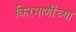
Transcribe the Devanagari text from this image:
किरमाणीच्या